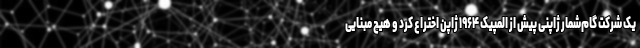
یک شرکت گام‌شمار ژاپنی پیش از المپیک ۱۹۶۴ ژاپن اختراع کرد و هیچ مبنایی